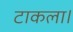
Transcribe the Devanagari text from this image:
टाकला।